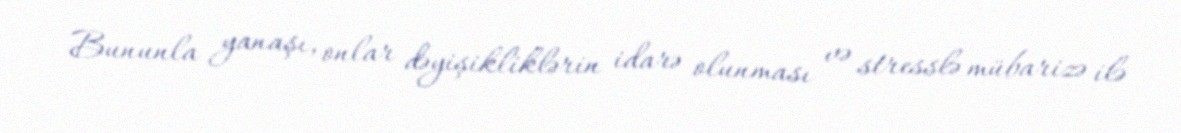
Bununla yanaşı, onlar dəyişikliklərin idarə olunması və stresslə mübarizə ilə